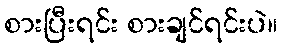
စားပြီးရင်း စားချင်ရင်းပဲ။